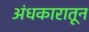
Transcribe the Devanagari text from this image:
अंधकारातून